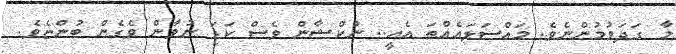
މާ ގަދަވުމުންނެވެ. މައްސަލައެއްތަ އެއީ.. ނުކްޝާން ވެސް ކަޑަ ނުވާން ވެގެން ބުންޏެވެ.